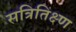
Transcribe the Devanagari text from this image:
सत्रितिक्ष्ण